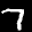
Label: 7